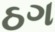
ઠગ